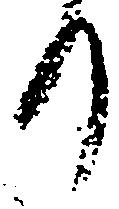
り